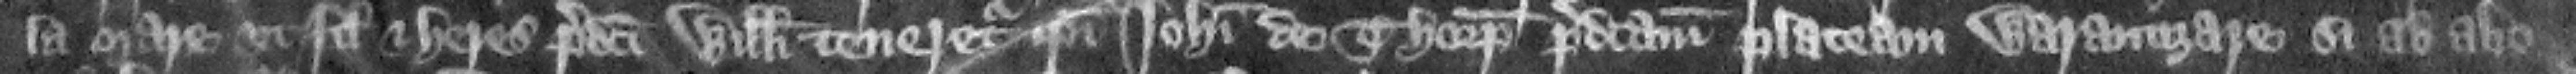
la Mare vt filius et heres predicti Willelmi teneretur ipsi Iohanni de Thorp predictam placeam warantizare si ab alio